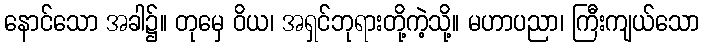
နောင်သော အခါ၌။ တုမှေ ဝိယ၊ အရှင်ဘုရားတို့ကဲ့သို့။ မဟာပညာ၊ ကြီးကျယ်သော